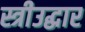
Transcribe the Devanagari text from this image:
स्त्रीउद्धार